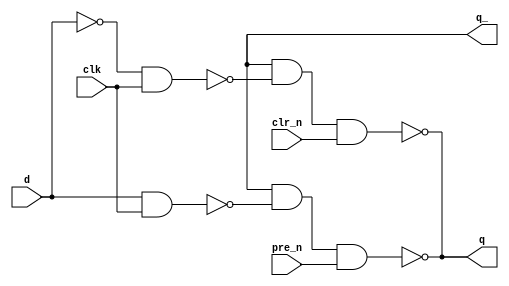
`timescale 1ns / 1ps
//////////////////////////////////////////////////////////////////////////////////
// Company: 
// 
// Design Name: D Latch Dataflow
// Module Name: D_Latch_Dataflow
// Project Name: 
// Target Devices: 
// Tool Versions: Vivado 2021.2
// Description: 
// 
// Dependencies: 
// 
// Revision:
// Revision 0.01 - File Created
// Additional Comments:
// 
//////////////////////////////////////////////////////////////////////////////////


module D_Latch_Dataflow(
    q,          // q
    q_,         // q bar
    clk,        // clock
    pre_n,      // preset bar
    clr_n,      // clear bar
    d           // d
    );
    
    output q;
    output q_;
    input clk;
    input pre_n;
    input clr_n;
    input d;
    
    assign q = ~(q_ & ~(d & clk) & pre_n);
    assign q = ~(q_ & ~(~(d & d) & clk) & clr_n);    
endmodule